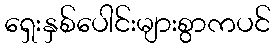
ရှေးနှစ်ပေါင်းများစွာကပင်